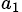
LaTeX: _{a_{1}}